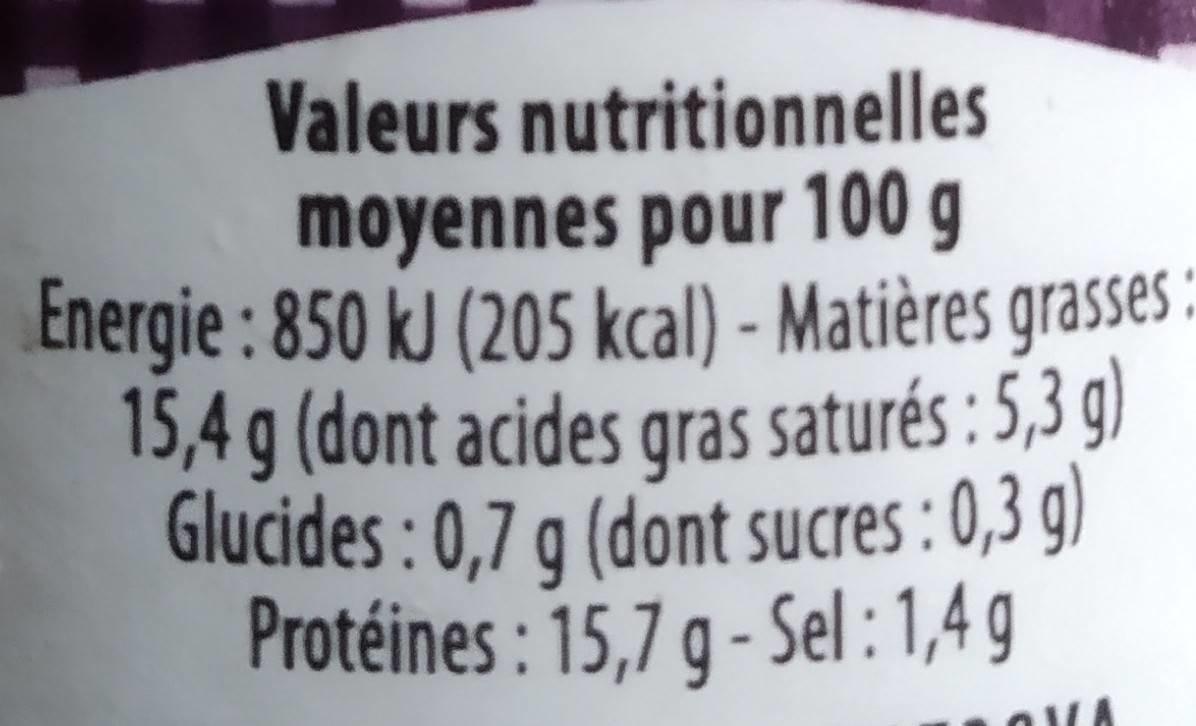
Valeurs nutritionnelles moyennes pour 100 g Energie : 850 kJ (205 kcal) - Matières grasses 15,4 g (dont acides qras saturés : 5,3 g) Glucides : 0,7 g (dont sucres : 0,3 g) Protéines: 15,7 g -
Sel :1,4 g